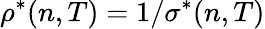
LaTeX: \rho^{*}(n,T)=1/\sigma^{*}(n,T)